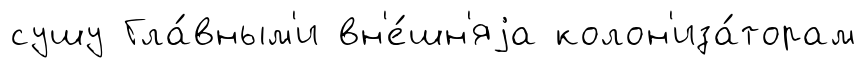
сушу Гла́вным'и вн'е́шн'яjа колон'иза́торам